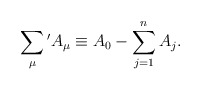
\begin{align*}\sum_{\mu}{}'A_{\mu} \equiv A_0-\sum_{j=1}^n A_j.\end{align*}